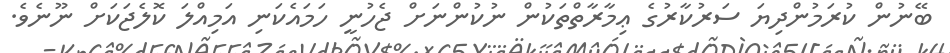
ބޭނުން ކުރަމުންދިޔަ ސަރުކާރުގެ ޢިމާރާތްތަކުން ނުކުންނަށް ޖެހުނީ ހަމައެކަނި އަމިއްލަ ކޮލެޖަކަށް ނޫނެވެ.